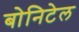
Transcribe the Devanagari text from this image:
बोनिटेल